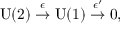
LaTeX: \mathrm { U ( 2 ) } \stackrel { \epsilon } \rightarrow \mathrm { U ( 1 ) } \stackrel { \epsilon ^ { \prime } } \rightarrow 0 ,